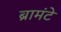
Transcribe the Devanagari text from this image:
ब्रामंटे